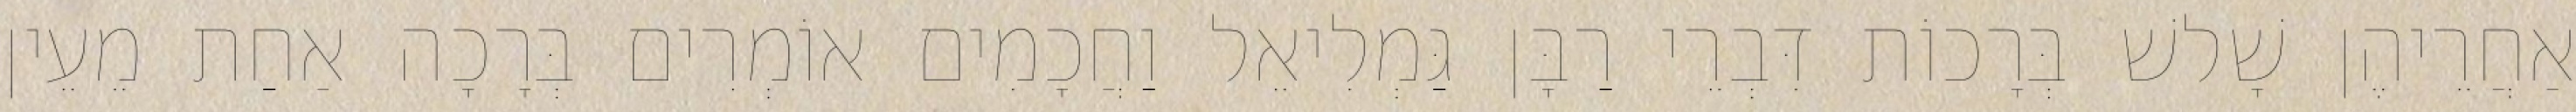
אַחֲרֵיהֶן שָׁלשׁ בְּרָכוֹת דִּבְרֵי רַבָּן גַּמְלִיאֵל וַחֲכָמִים אוֹמְרִים בְּרָכָה אַחַת מֵעֵין